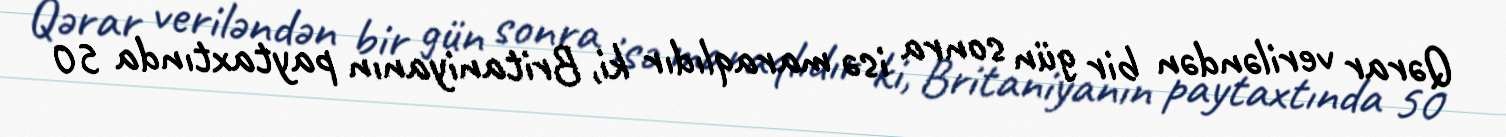
Qərar veriləndən bir gün sonra isə maraqlıdır ki, Britaniyanın paytaxtında 50